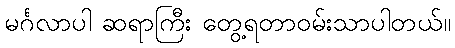
မင်္ဂလာပါ ဆရာကြီး တွေ့ရတာဝမ်းသာပါတယ်။